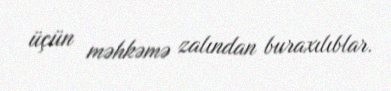
üçün məhkəmə zalından buraxılıblar.